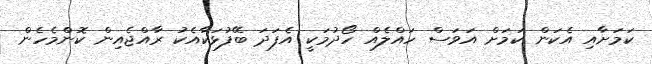
ކަމަށާއި އެކަން ކަމަށް އަވަސް ހައްލެއް ހޯދުމަކީ އެފަދަ ބޭފުޅަކާއެކު ރާއްޖެއިން ކޮންމެހެން